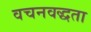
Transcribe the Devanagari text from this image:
वचनवद्धता